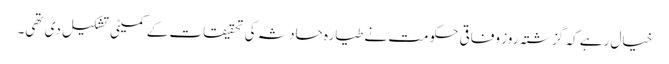
خیال رہے کہ گزشتہ روز وفاقی حکومت نے طیارہ حادثہ کی تحقیقات کے کمیٹی تشکیل دی تھی۔